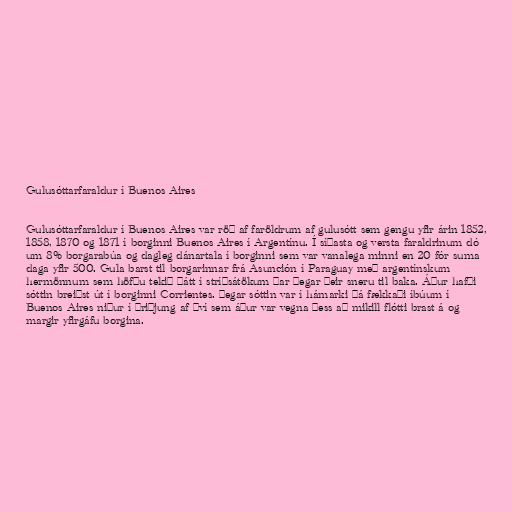
Gulusóttarfaraldur í Buenos Aires

Gulusóttarfaraldur í Buenos Aires var röð af faröldrum af gulusótt sem gengu yfir árin 1852,
1858, 1870 og 1871 í borginni Buenos Aires í Argentínu. Í síðasta og versta faraldrinum dó
um 8% borgarabúa og dagleg dánartala í borginni sem var vanalega minni en 20 fór suma
daga yfir 500. Gula barst til borgarinnar frá Asunción í Paraguay með argentínskum
hermönnum sem höfðu tekið þátt í stríðsátökum þar þegar þeir sneru til baka. Áður hafði
sóttin breiðst út í borginni Corrientes. Þegar sóttin var í hámarki þá fækkaði íbúum í
Buenos Aires niður í þriðjung af því sem áður var vegna þess að mikill flótti brast á og
margir yfirgáfu borgina.